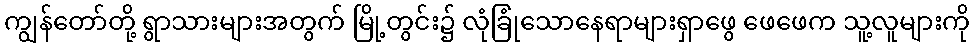
ကျွန်တော်တို့ ရွာသားများအတွက် မြို့တွင်း၌ လုံခြုံသောနေရာများရှာဖွေ ဖေဖေက သူ့လူများကို